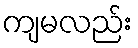
ကျမလည်း